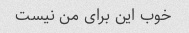
خوب این برای من نیست